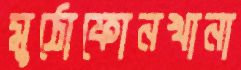
মুঠোফোনখানা